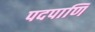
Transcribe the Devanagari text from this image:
पदपाणि